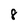
Character: 8